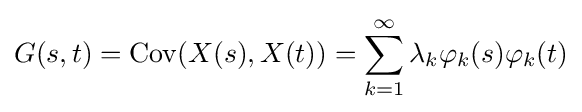
G(s,t)={\text{Cov}}(X(s),X(t))=\sum _{k=1}^{\infty }\lambda _{k}\varphi _{k}(s)\varphi _{k}(t)